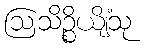
ဩသိဉ္စိယျိံသု